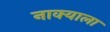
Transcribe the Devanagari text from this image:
नाक्याला